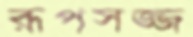
রূপসজ্জ